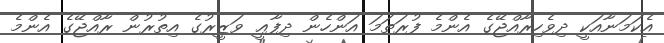
އެކަމަނާއަކީ ދިވެހިރާއްޖޭގެ އެންމެ ފުރަތަމަ އަންހެން ދިފާޢީ ވަޒީރުގެ އިތުރުން ރާއްޖޭގެ އެންމެ